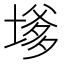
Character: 𭏔